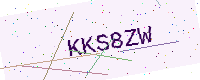
Text: KKS8ZW